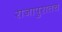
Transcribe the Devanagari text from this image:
राजापुरातच